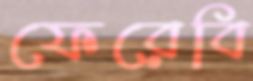
ফেরেবি